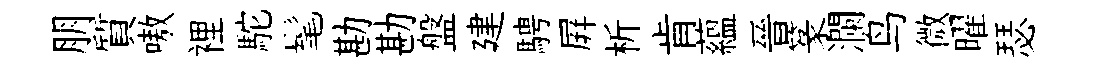
朋質嗷裡駝髦勘勘盤建騁屛析肯蘊晉篆瀾鸟微曜瑟